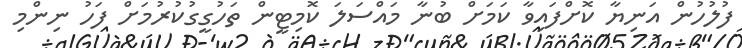
ފުލުހުން އަނިޔާ ކޮށްފައިވާ ކަމަށް ބުނާ މައްސަލަ ކޮމިޓީން ތަހުގީގުކުރުމަށް ފަހު ނިންމި